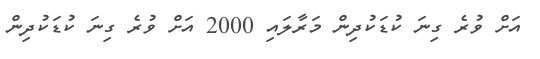
އަށް ވުރެ ގިނަ ކުޑަކުދިން މަރާލައި 2000 އަށް ވުރެ ގިނަ ކުޑަކުދިން